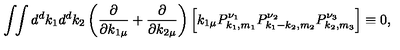
\int \! \! \int d ^ { d } k _ { 1 } d ^ { d } k _ { 2 } \left( \frac { \partial } { \partial k _ { 1 \mu } } + \frac { \partial } { \partial k _ { 2 \mu } } \right) \left[ k _ { 1 \mu } P _ { k _ { 1 } , m _ { 1 } } ^ { \nu _ { 1 } } P _ { k _ { 1 } - k _ { 2 } , m _ { 2 } } ^ { \nu _ { 2 } } P _ { k _ { 2 } , m _ { 3 } } ^ { \nu _ { 3 } } \right] \equiv 0 ,